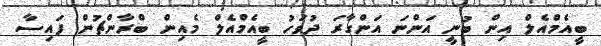
ބީއެމްއެލް އިން ބުނީ އަންނަ އަންގާރަ ދުވަހު ބީއެމްއެލް މެއިން ބްރާންޗުން ފައިސާ